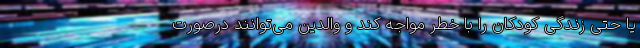
یا حتی زندگی کودکان را با خطر مواجه کند و والدین می‌توانند درصورت